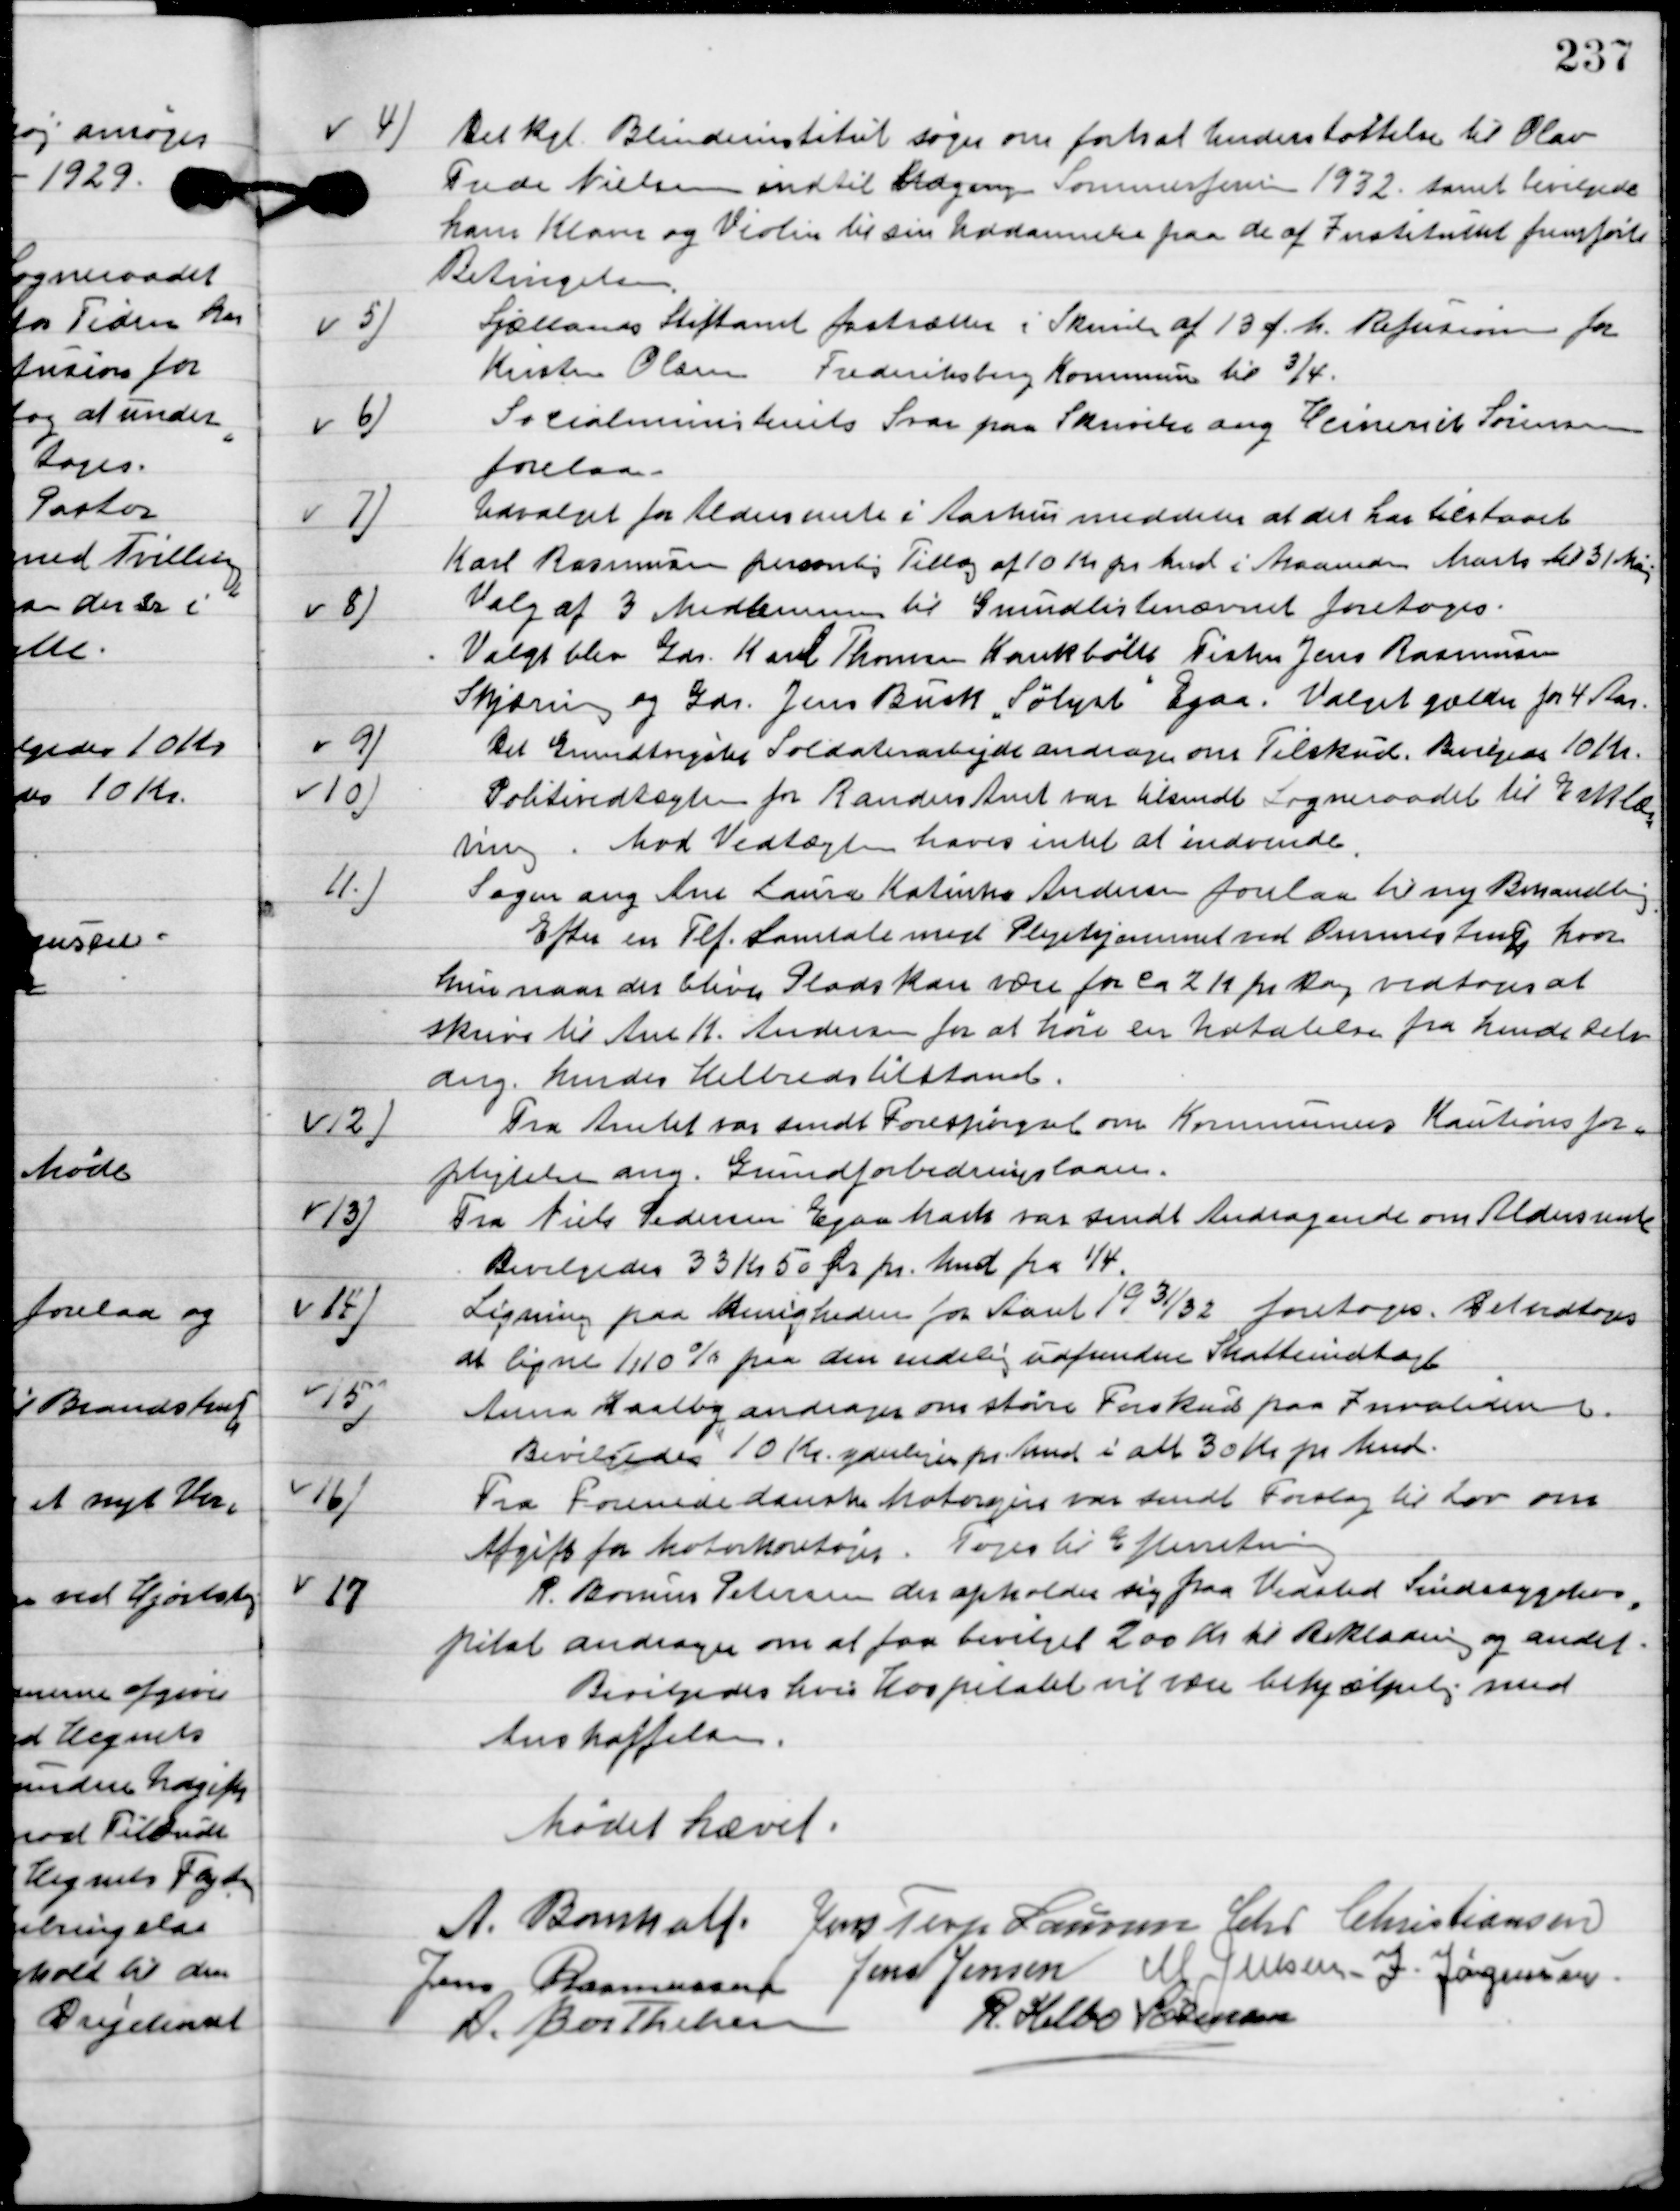
Transskription:
4

Det Kgl. Blindeinstitut søger om forsat understøttelse til Olav
Tude Nielsen indtil Udgang Sommerferien 1932, samt bevilgede
ham Klaver og Violin til sin Uddannelse paa de af Instituttet fremførte.
Bevilgedes.

5

Sjællands Stiftsamt fastsætter i Skrivelse af 13 f. M. Refusion for
Kirsten Olsen Frederiksbjerg Kommune til 3/4.

6

Socialministeriet Svare paa Skrivelse ang. Henrik Sørensen
forelaa.

7.

Udvalget for Aldersrente i Aarhus meddeler at det har tilstaaet
Karl Rasmussen personligt tillæg af 10 Kr. pr. Mnd. I Maaneden Marts til 31 Maj

8.

Valg af 3 Medlemmer til Grundlistenævnet foretoges.
Valget blev Gdr. Karl Thomsen Kankbølle, Fisker Jens Rasmussen
Skjæring og Gdr. Jens Busk ”Sølyst” Egaa. Valget gælder for 4 Aar.

9

Det Grundtvigianske Soldaterarbejde andrager om Tilskud.
Bevilgedes 10 Kr.

10

Politivedtægten for Randers Amt var tilsendt Sogneraadet til Erklæring.
Mod Vedtægten haves intet at indvende.

11

Sagen ang. Ane Laura Katinka Andersen forelaa til ny Behandling.
Efter en Tlf. Samtale med Plejehjemmet ved Ommestrup hvor
hvornaar der bliver Plads kan være for ca. 2 Kr. pr. Dag vedtoges at
skrive til Ane K. Andersen for at høre en udtalelse fra hende selv
ang. hendes Helbredstilstand.

12

Fra Amtet var sendt Forespørgsel om Kommunens Kaution for-
pligtigelse ang. Grundforbedrings laan.

13

Fra Niels Pedersen Egaa Mark var sendt Andragende om Aldersrente.
Bevilgedes 33 Kr. 50 Øre pr. Mnd. Fra 1/4.

14

Ligning paa Menigheden for Aaret 19 31/32 foretoges. Vedtoges
at ligne / 110 % paa den endelig udfundne skatteindtægt.

15

Anna Kaalby andrager om større Forskud paa Invaliderenten.
Bevilgedes 10 Kr. ydelse pr. Mnd. I alt 30 Kr. pr. Mnd.

16

Fra Forenede danske Motorejer var sendt Forslag til lov om
Afgift for Motorkøretøjer.
Toges til Efterretning.

17

R. Borum Petersen der opholder sig paa Vedsted Sindssygehos-
pital andrager om at faa bevilget 200 Kr. til Beklædning og andet.
Bevilgedes hvis hospitalet vil være behjælpelig med
Anskaffelsen.

Mødet hævet.

A. Bomholt
Jens Terp Laursen
Chr. Christiansen
Jens Rasmussen
Jens Jensen
M. Jensen
I. Jørgensen
A. Berthelsen
R. Helbo Sørensen